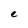
Character: e